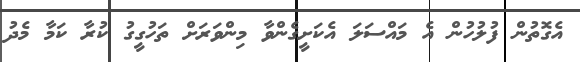
އެގޮތުން ފުލުހުން އެ މައްސަލަ އެކަށީގެންވާ މިންވަރަށް ތަހުގީގު ކުރާ ކަމާ މެދު